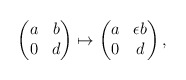
\begin{align*}\begin{pmatrix}a & b \\0 & d \end{pmatrix} \mapsto \begin{pmatrix}a & \epsilon b \\0 & d \end{pmatrix},\end{align*}